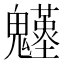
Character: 𩴴